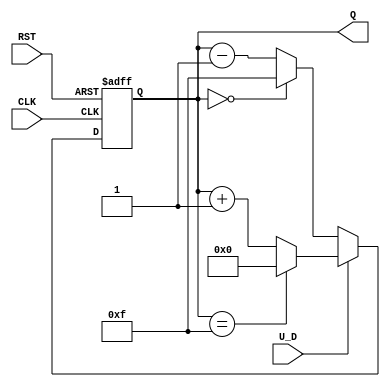
module UpDownCounter (
    input wire CLK,         // Clock signal
    input wire RST,         // Asynchronous reset
    input wire U_D,         // Up/Down control signal
    output reg [3:0] Q      // 4-bit count output
);

    // Maximum count value for a 4-bit counter
    parameter MAX_COUNT = 4'b1111; // 15 in decimal
    parameter MIN_COUNT = 4'b0000; // 0 in decimal

    // Asynchronous reset and counting logic
    always @(posedge CLK or posedge RST) begin
        if (RST) begin
            Q <= MIN_COUNT; // Reset count to 0
        end else begin
            if (U_D) begin
                // Count Up
                if (Q == MAX_COUNT) begin
                    Q <= MIN_COUNT; // Wrap around to 0
                end else begin
                    Q <= Q + 1; // Increment count
                end
            end else begin
                // Count Down
                if (Q == MIN_COUNT) begin
                    Q <= MAX_COUNT; // Wrap around to MAX_COUNT
                end else begin
                    Q <= Q - 1; // Decrement count
                end
            end
        end
    end

endmodule